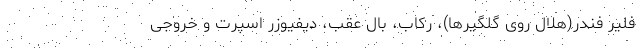
فلیر فندر(هلال روی گلگیرها)، رکاب، بال عقب، دیفیوزر اسپرت و خروجی